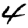
Digit: 4